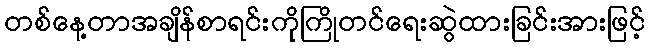
တစ်နေ့တာအချိန်စာရင်းကိုကြိုတင်ရေးဆွဲထားခြင်းအားဖြင့်